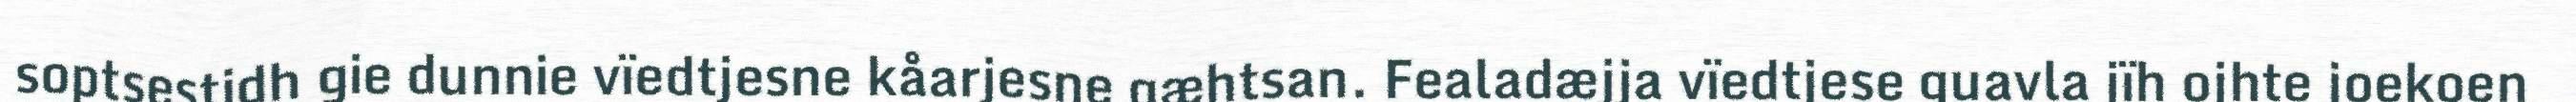
soptsestidh gie dunnie vïedtjesne kåarjesne gæhtsan. Fealadæjja vïedtjese guavla jïh ojhte joekoen